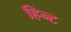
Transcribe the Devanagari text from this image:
हिन्ट